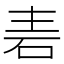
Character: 𮀒